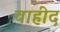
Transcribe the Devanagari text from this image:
वाहीद